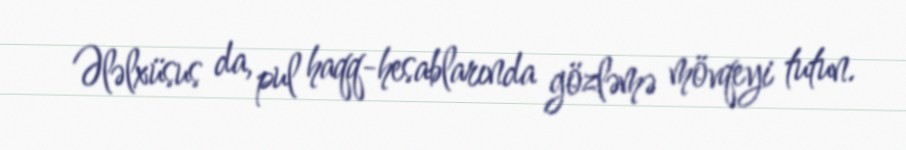
Ələlxüsus da, pul haqq-hesablarında gözləmə mövqeyi tutun.